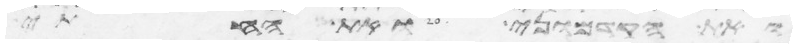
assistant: ואת הקדמוני ואת החתי